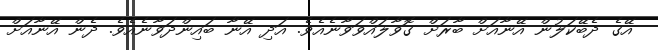
އޭގެ ދެބޭކަލުން އޭނާއަށް ބާރަށް ގޮވާލައްވަވާނެއެވެ. އަދި އޭނާ ބައިންދަވާނެއެވެ. ދެން އޭނާއަށް